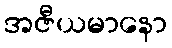
အဇီယမာနော